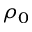
\rho _ { 0 }